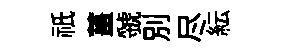
祇薑虢別尽紜